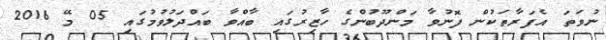
ނުވަތަ އެފަރާތަކުން ފޮނުވާ މަންދޫބުންގެ ހާޒިރުގައި ބާއްވާ ބައްދަލުވުމުގައި 05 މޭ 2016